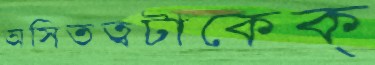
অসিতত্বটাকেক্